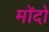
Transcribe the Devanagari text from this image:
मोंदो